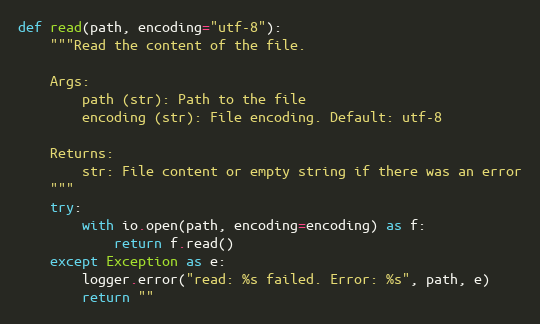
Language: Python
def read(path, encoding="utf-8"):
    """Read the content of the file.

    Args:
        path (str): Path to the file
        encoding (str): File encoding. Default: utf-8

    Returns:
        str: File content or empty string if there was an error
    """
    try:
        with io.open(path, encoding=encoding) as f:
            return f.read()
    except Exception as e:
        logger.error("read: %s failed. Error: %s", path, e)
        return ""